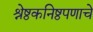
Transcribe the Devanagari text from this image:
श्रेष्ठकनिष्ठपणाचे